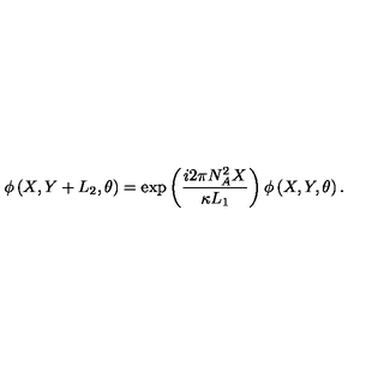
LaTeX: \phi \left( X , Y + L _ { 2 } , \theta \right) = \exp \left( \frac { i 2 \pi N _ { A } ^ { 2 } X } { \kappa L _ { 1 } } \right) \phi \left( X , Y , \theta \right) .